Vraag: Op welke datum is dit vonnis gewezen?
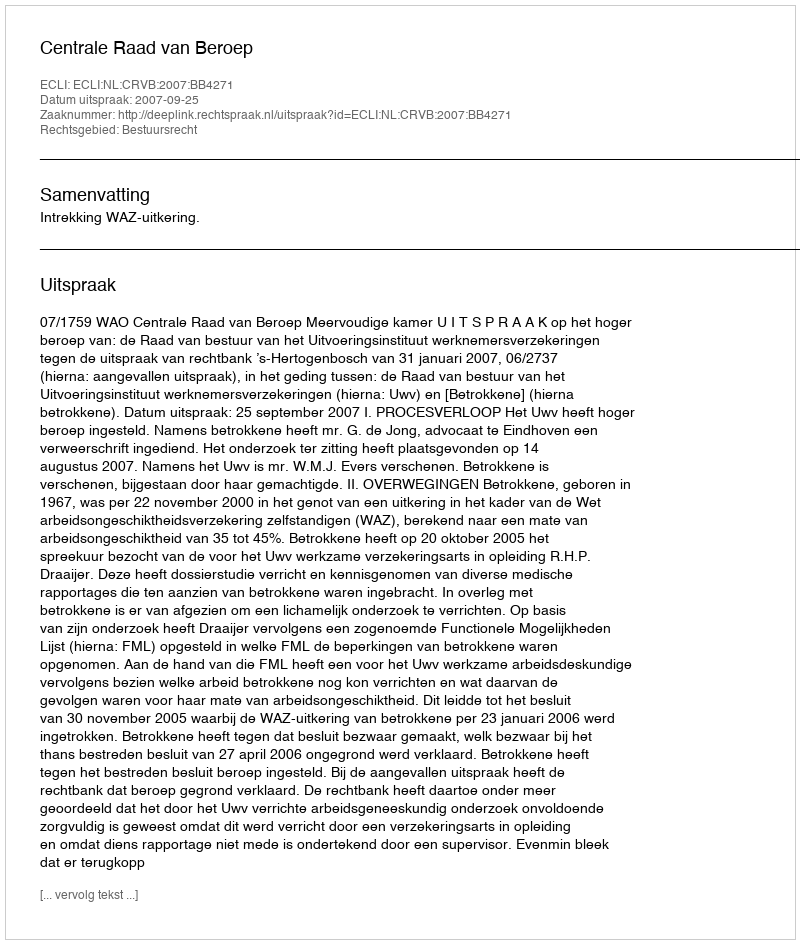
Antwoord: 2007-09-25